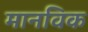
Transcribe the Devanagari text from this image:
मानविक